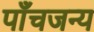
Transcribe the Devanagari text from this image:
पाँचजन्य